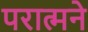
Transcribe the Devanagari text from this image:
परात्मने